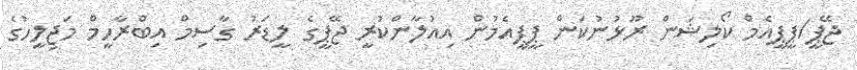
ޖޭޕީ/ޕީޕީއެމް ކޯލިޝަން ރޫޅުނުކަން ޕީޕީއެމުން އިއުލާންކުރީ ޖޭޕީގެ ލީޑަރު ގާސިމް އިބްރާހީމް މަޖިލީހުގެ